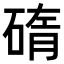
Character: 𥓿